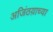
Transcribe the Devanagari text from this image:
अजिंठय़ाच्या